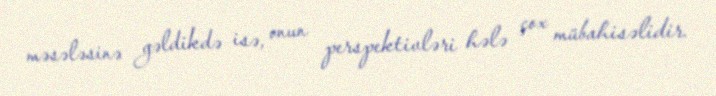
məsələsinə gəldikdə isə, onun perspektivləri hələ çox mübahisəlidir.